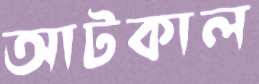
আটকাল